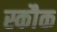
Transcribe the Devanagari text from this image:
स्कौक